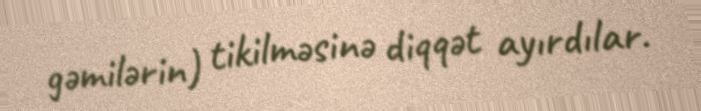
gəmilərin) tikilməsinə diqqət ayırdılar.